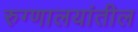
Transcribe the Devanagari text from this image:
रुग्णालयांतील